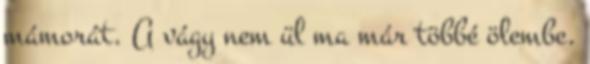
mámorát. A vágy nem ül ma már többé ölembe.